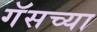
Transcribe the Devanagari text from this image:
गॅसच्या